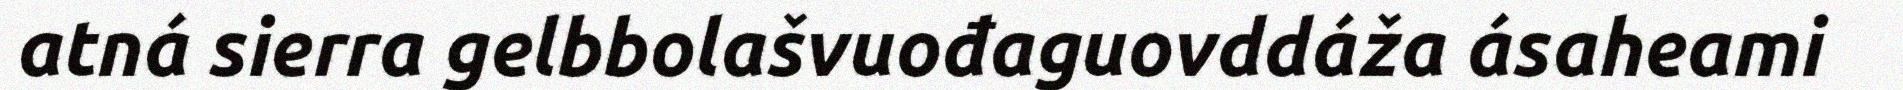
atná sierra gelbbolašvuođaguovddáža ásaheami